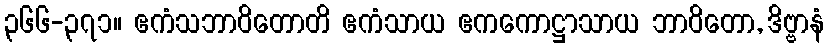
၃၆၆-၃၇၁။ ဧကံသဘာဝိတောတိ ဧကံသာယ ဧကကောဋ္ဌာသာယ ဘာဝိတော, ဒိဗ္ဗာနံ